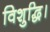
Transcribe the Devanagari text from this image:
विशुद्धि।